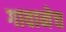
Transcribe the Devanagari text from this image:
गावानेच